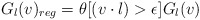
\begin{align*}G_l(v)_{reg}=\theta[(v\cdot l)>\epsilon]G_l(v)\end{align*}